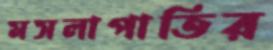
মসলাপাতির